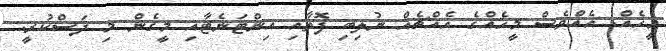
މީހެއް. އެއްވެސް މީހެއްގެ އެއްޗެއް ނުލިބި ފޮތާއި އިންޓަނެޓާއި މީގެން މި ދަސްކުރީ.